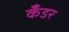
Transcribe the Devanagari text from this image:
कँडर